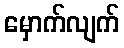
မှောက်လျက်